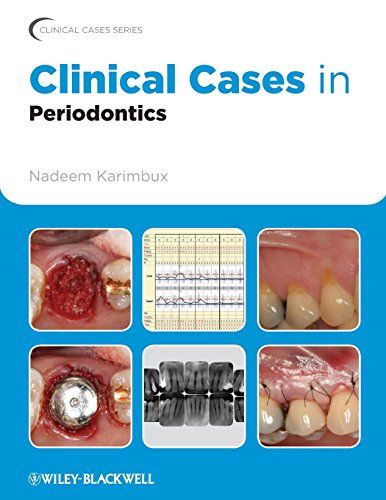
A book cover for Clinical Cases in Periodontics; Medical Books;